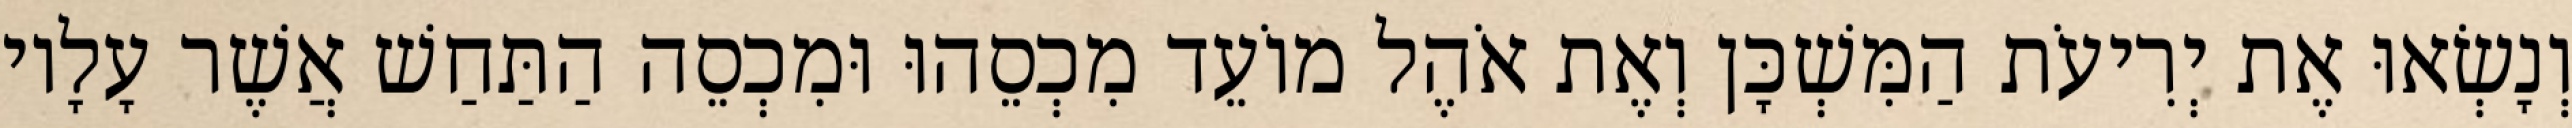
וְנָשְׂאוּ אֶת יְרִיעֹת הַמִּשְׁכָּן וְאֶת אֹהֶל מוֹעֵד מִכְסֵהוּ וּמִכְסֵה הַתַּחַשׁ אֲשֶׁר עָלָיו